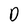
Character: D